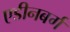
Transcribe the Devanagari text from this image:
एडीनबर्ग